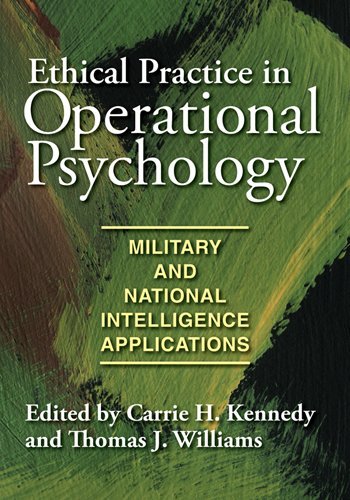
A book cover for Ethical Practice in Operational Psychology: Military and National Intelligence Applications; Law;